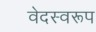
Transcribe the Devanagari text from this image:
वेदस्वरूप